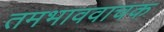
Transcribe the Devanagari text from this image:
तमभाववाचक